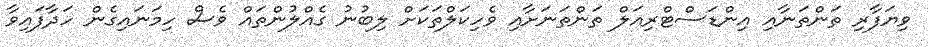
ވިޔަފާރި ތަންތަނާއި އިންޑަސްޓްރިއަލް ތަންތަނަށާއި ވެހިކަލްތަކަށް ލިބުނު ގެއްލުންތައް ވެސް ހިމަނައިގެން ހަދާފައިވާ